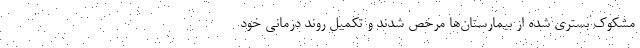
مشکوک بستری شده از بیمارستان‌ها مرخص شدند و تکمیل روند درمانی خود